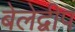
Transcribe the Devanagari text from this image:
बेलेद्वीप